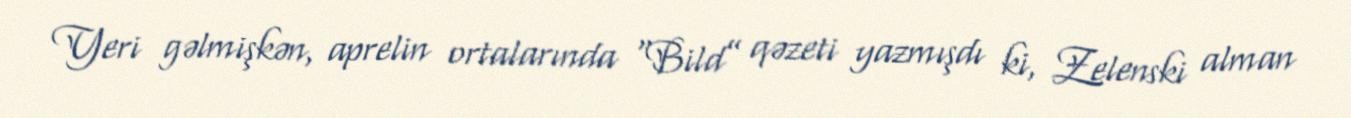
Yeri gəlmişkən, aprelin ortalarında “Bild” qəzeti yazmışdı ki, Zelenski alman